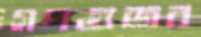
গপগুজব